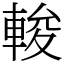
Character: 𨌘